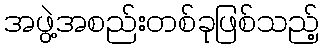
အဖွဲ့အစည်းတစ်ခုဖြစ်သည့်